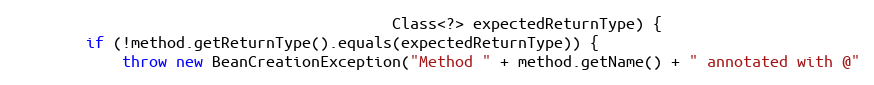
Language: Java
                                          Class<?> expectedReturnType) {
        if (!method.getReturnType().equals(expectedReturnType)) {
            throw new BeanCreationException("Method " + method.getName() + " annotated with @"